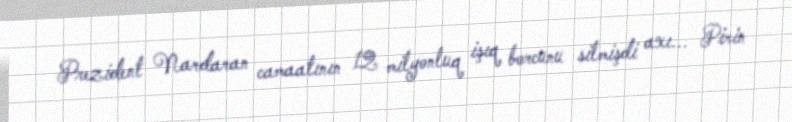
Prezident Nardaran camaatının 12 milyonluq işıq borcunu silmişdi axı... Pirin